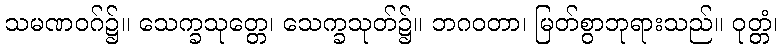
သမဏဝဂ်၌။ သေက္ခသုတ္တေ၊ သေက္ခသုတ်၌။ ဘဂဝတာ၊ မြတ်စွာဘုရားသည်။ ဝုတ္တံ၊